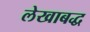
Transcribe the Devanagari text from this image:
लेखाबद्ध